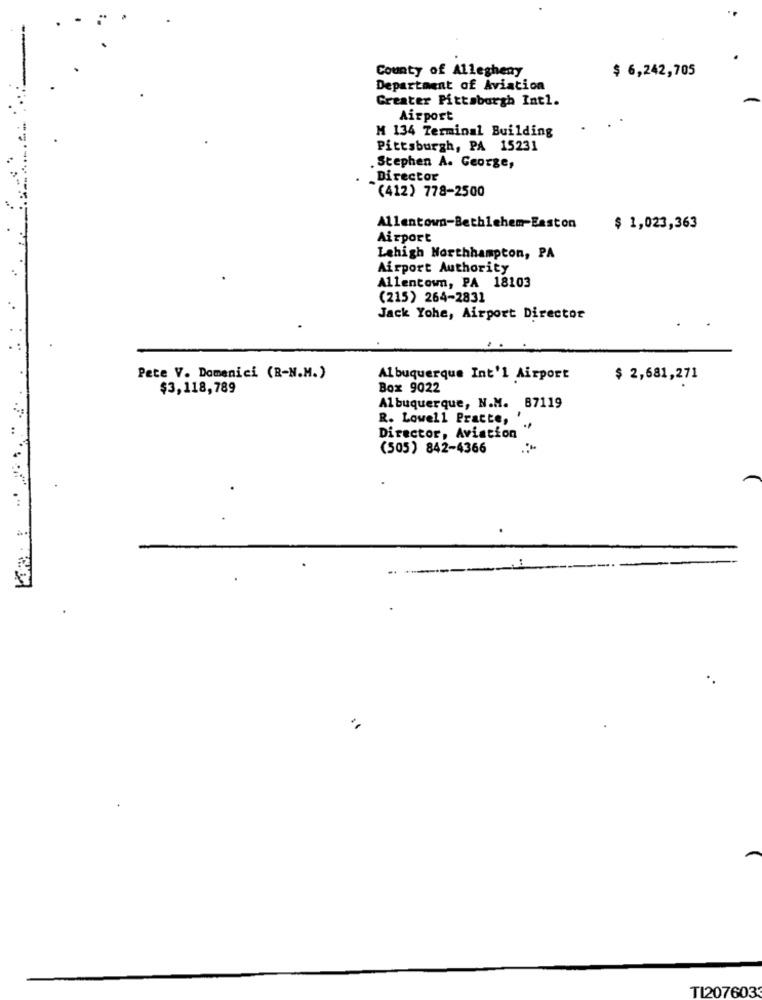
County of Allegheny
$ 6,242,705
Department of Aviation
Greater Pittsburgh Int1.
Airport
M 134 Terminal Building
Pittsburgh, PA 15231
. Stephen A. George,
Director
(412) 778-2500
Allentown-Bethlehem-Easton
$ 1,023,363
Airport
Lehigh Northhampton, PA
Airport Authority
Allentown, PA 18103
(215) 264-2831
Jack Yohe, Airport Director
Pete V. Domenici (R-N.M.)
Albuquerque Int'l Airport
$ 2,681,271
$3,118,789
Box 9022
Albuquerque, N.M. 87119
R. Lowell Pratte,
Director, Aviation "
(505) 842-4366
.-
TI207603